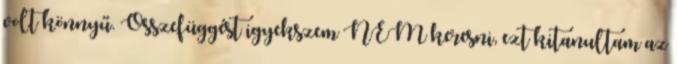
volt könnyű. Összefüggést igyekszem NEM keresni, ezt kitanultam az